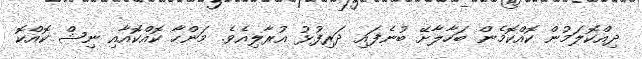
ދިއްކޮލަމުން ކޮއްކޮމެން ބަހާލާށޭ ބުނެފައި ދަރިފުޅު އުރާލިއެވެ. މަންހާ ކޮއްކޮއާއި ނިޝް ކޮއްކޮ